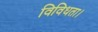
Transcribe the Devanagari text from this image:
विविधता।